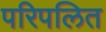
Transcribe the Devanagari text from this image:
परिपलित